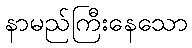
နာမည်ကြီးနေသော